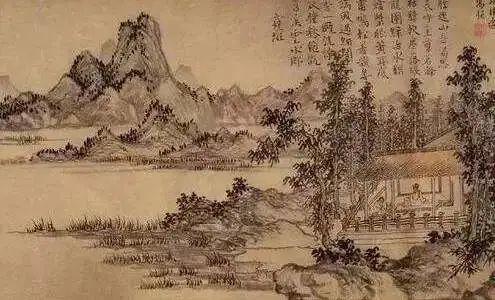
邦有道，贫且贱焉，耻也邦无道，富且贵焉，耻也。